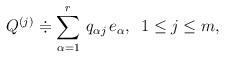
LaTeX: \begin{align*} Q^{(j)} \doteqdot \sum_{\alpha=1}^{r} \, q_{\alpha j}\, e_{\alpha}, \,\,\, 1 \leq j \leq m,\end{align*}